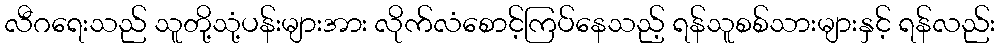
လီဂရေးသည် သူတို့သုံ့ပန်းများအား လိုက်လံစောင့်ကြပ်နေသည့် ရန်သူစစ်သားများနှင့် ရန်လည်း